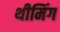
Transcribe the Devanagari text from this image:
थीमिंग